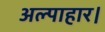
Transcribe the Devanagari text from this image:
अल्पाहार।